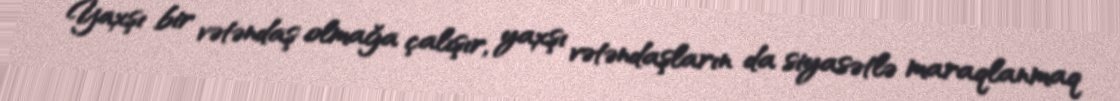
Yaxşı bir vətəndaş olmağa çalışır, yaxşı vətəndaşların da siyasətlə maraqlanmaq